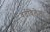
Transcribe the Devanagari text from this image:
वर्तविलेला